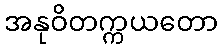
အနုဝိတက္ကယတော